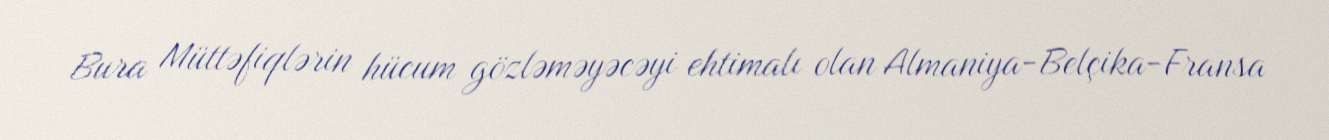
Bura Müttəfiqlərin hücum gözləməyəcəyi ehtimalı olan Almaniya-Belçika-Fransa